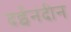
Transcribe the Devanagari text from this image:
दईनंदीन